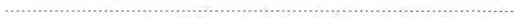
……